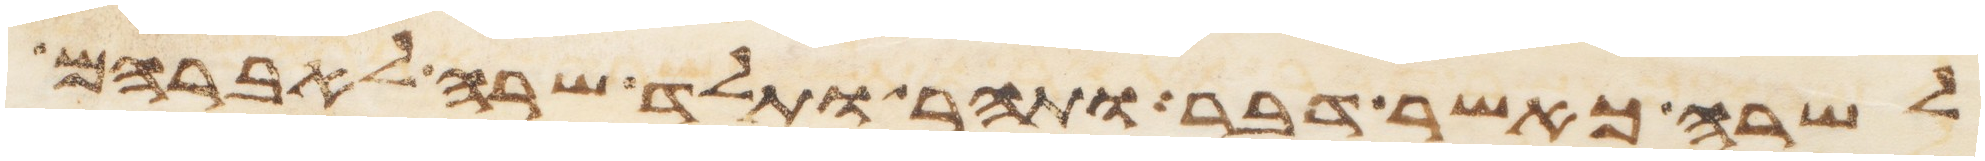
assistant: לשרה כאשר דבר ותהר ותלד שרה לאברהם